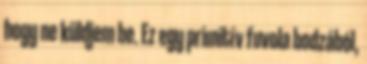
hogy ne küldjem be. Ez egy primitív fuvola bodzából,